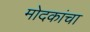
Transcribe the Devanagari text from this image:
मोदकांचा